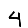
Digit: 4